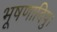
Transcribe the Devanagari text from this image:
भूषणादिषु।